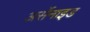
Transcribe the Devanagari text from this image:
अर्सेनाइड